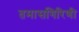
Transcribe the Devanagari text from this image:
तमासगिरिणी